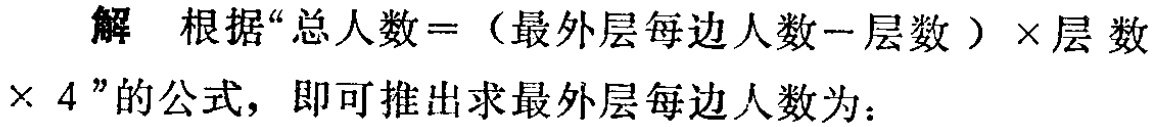
解 根据“总人数 =（最外层每边人数 - 层数）× 层 数× 4”的公式，即可推出求最外层每边人数为：